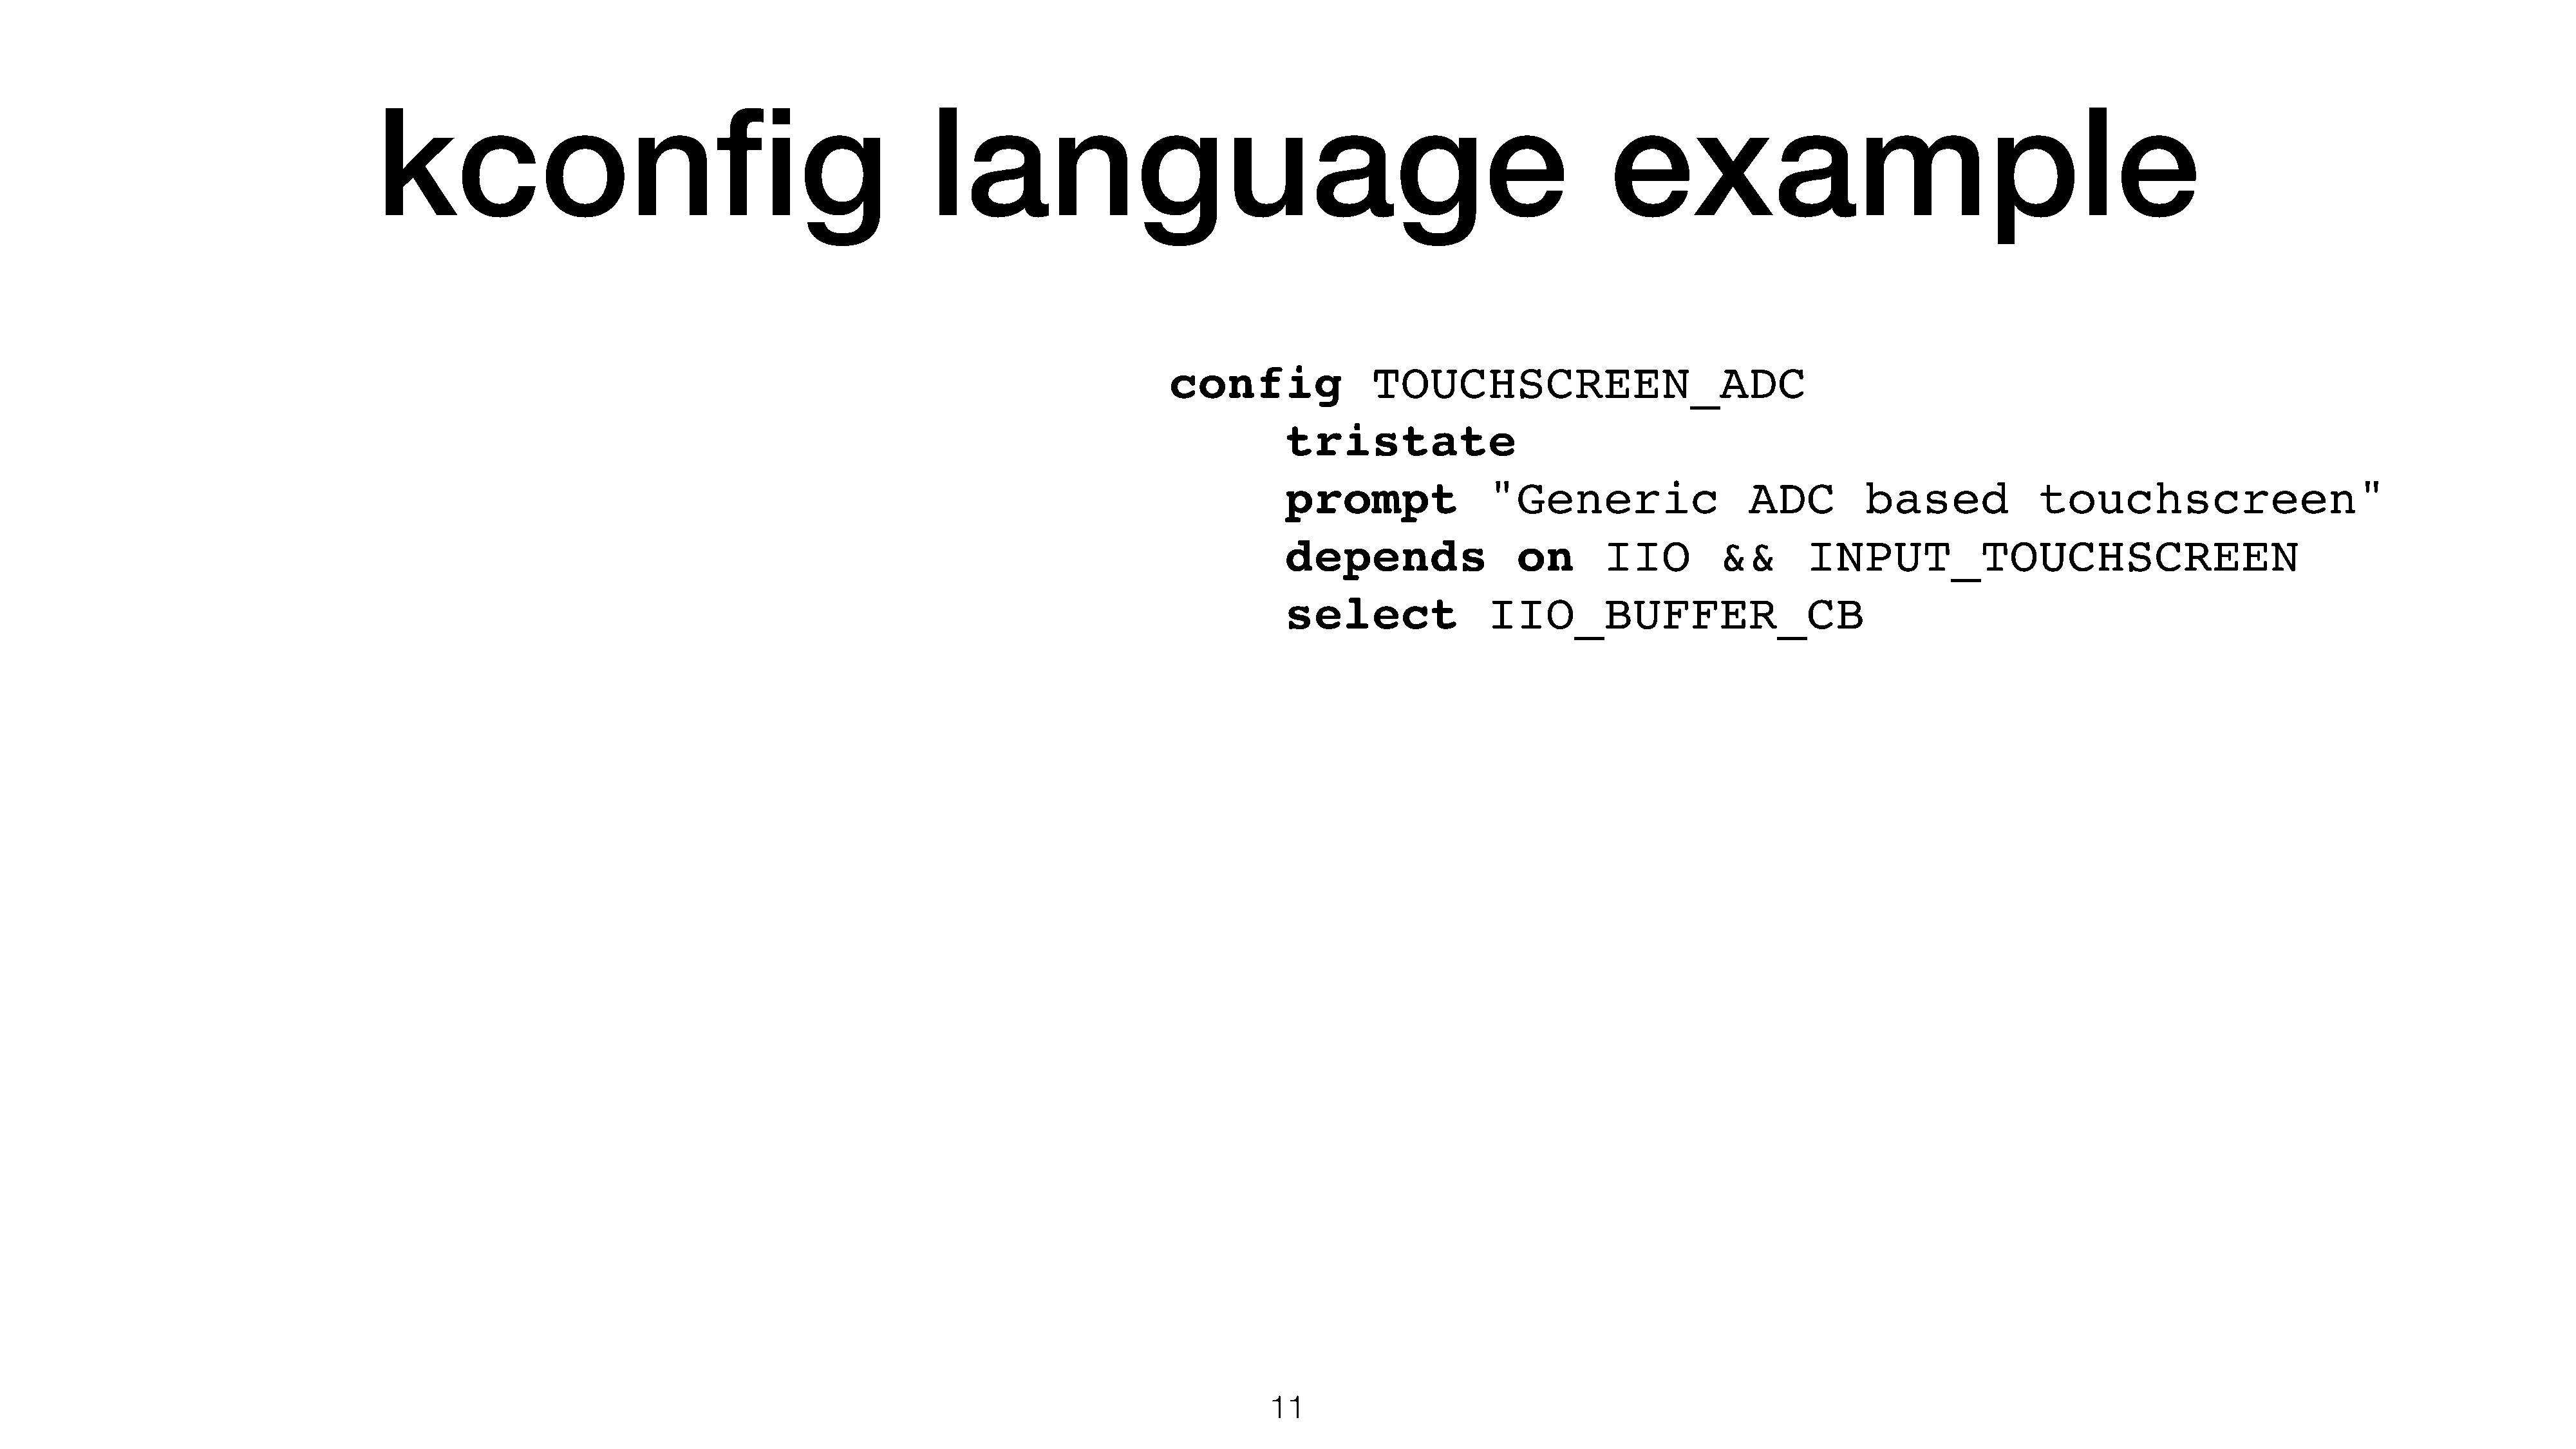
kconfig                                                  language                                                             example
 config               TOUCHSCREEN_ADC
 tristate
 prompt               "Generic                   ADC         based             touchscreen"
 depends                 on       IIO         &&       INPUT_TOUCHSCREEN
 select               IIO_BUFFER_CB
 11